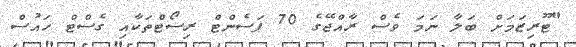
"ޓޫރިޒަމަށް ބަލާ ނަމަ ވެސް ރާއްޖޭގެ 70 ޕަސެންޓް ރިސޯޓްތަކާއި ގެސްޓް ހައުސް